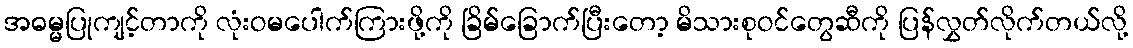
အဓမ္မပြုကျင့်တာကို လုံးဝမပေါက်ကြားဖို့ကို ခြိမ်ခြောက်ပြီးတော့ မိသားစုဝင်တွေဆီကို ပြန်လွှတ်လိုက်တယ်လို့